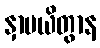
နှာပယိတွာန